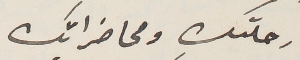
رحلتك ومحاضراتك